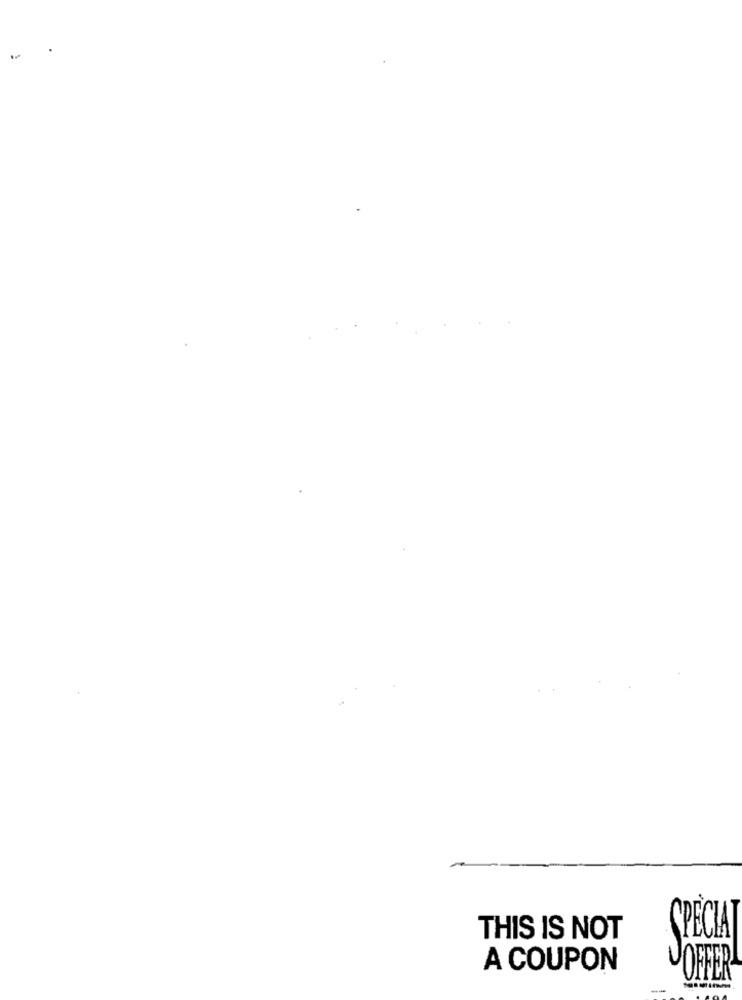
THIS IS NOT
SPECIAL
A COUPON
OFFER
-